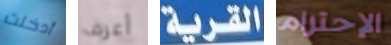
أدخلت أعرف القرية الإحترام